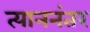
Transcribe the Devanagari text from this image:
त्याननंतर